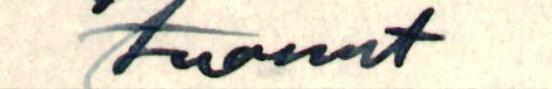
tuonut